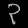
Digit: ၃